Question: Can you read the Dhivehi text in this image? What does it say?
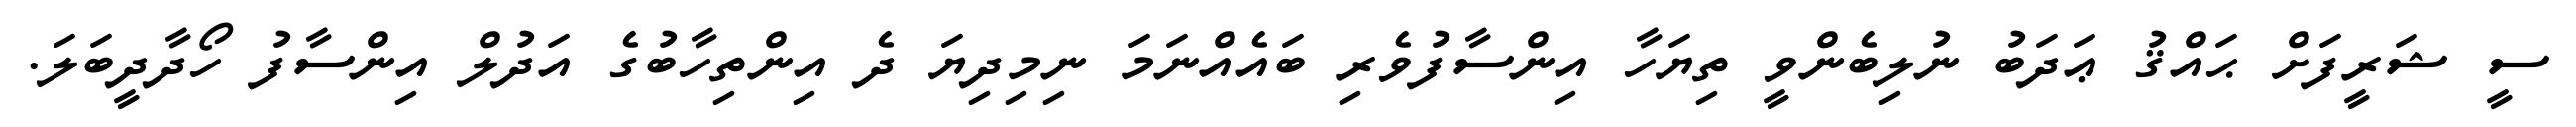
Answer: ސީ ޝަރީފަށް ޙައްޤު ޢަދަބު ނުލިބެންވީ ތިޔަހާ އިންސާފުވެރި ބައެއްނަމަ ނިމިދިޔަ ދެ އިންތިހާބުގެ އަދުލް އިންސާފު ހޯދާދީބަލަ.